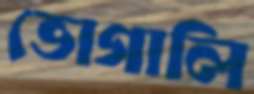
ভোগালি